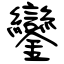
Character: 鑾